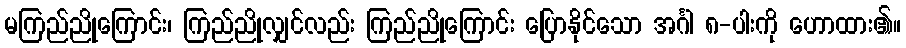
မကြည်ညိုကြောင်း၊ ကြည်ညိုလျှင်လည်း ကြည်ညိုကြောင်း ပြောနိုင်သော အင်္ဂါ ၈-ပါးကို ဟောထား၏။